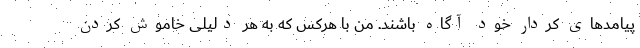
پیامدهای کردار خود آگاه باشند. من با هرکس که به هر دلیلی خاموش کردن